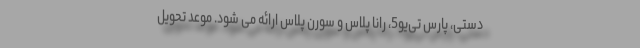
دستی، پارس تی‌یو5، رانا پلاس و سورن پلاس ارائه می شود. موعد تحویل